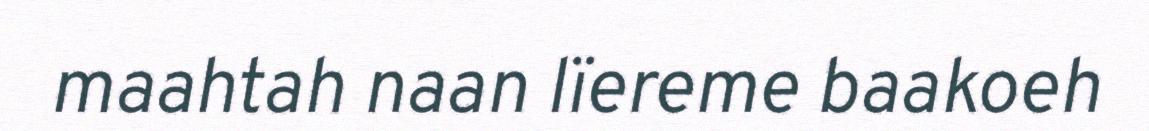
maahtah naan lïereme baakoeh